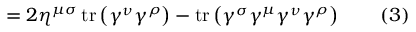
= 2 \eta ^ { \mu \sigma } \operatorname { t r } \left( \gamma ^ { \nu } \gamma ^ { \rho } \right) - \operatorname { t r } \left( \gamma ^ { \sigma } \gamma ^ { \mu } \gamma ^ { \nu } \gamma ^ { \rho } \right) \quad \quad ( 3 )